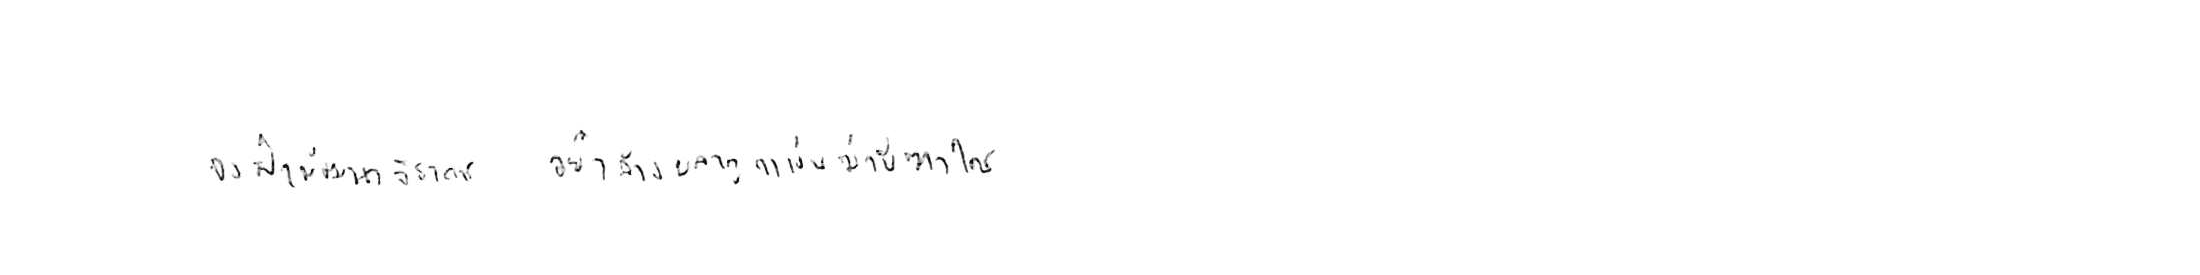
จงฝ่าฟันพัฒนาวิชาการ อย่าล้างผลาญฤๅเข่นฆ่าบีฑาใคร